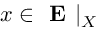
x \in \textbf { E } | _ { X }